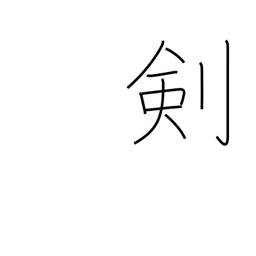
Meaning: clock hand